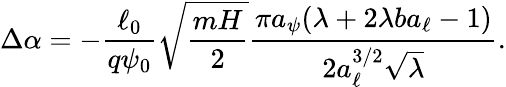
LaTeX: \Delta\alpha=-\frac{\ell_{0}}{q\psi_{0}}\sqrt{\frac{mH}{2}}\frac{\pi a_{\psi}(\lambda+2\lambda ba_{\ell}-1)}{2a_{\ell}^{3/2}\sqrt{\lambda}}.